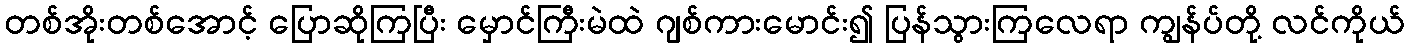
တစ်အိုးတစ်အောင့် ပြောဆိုကြပြီး မှောင်ကြီးမဲထဲ ဂျစ်ကားမောင်း၍ ပြန်သွားကြလေရာ ကျွန်ပ်တို့ လင်ကိုယ်